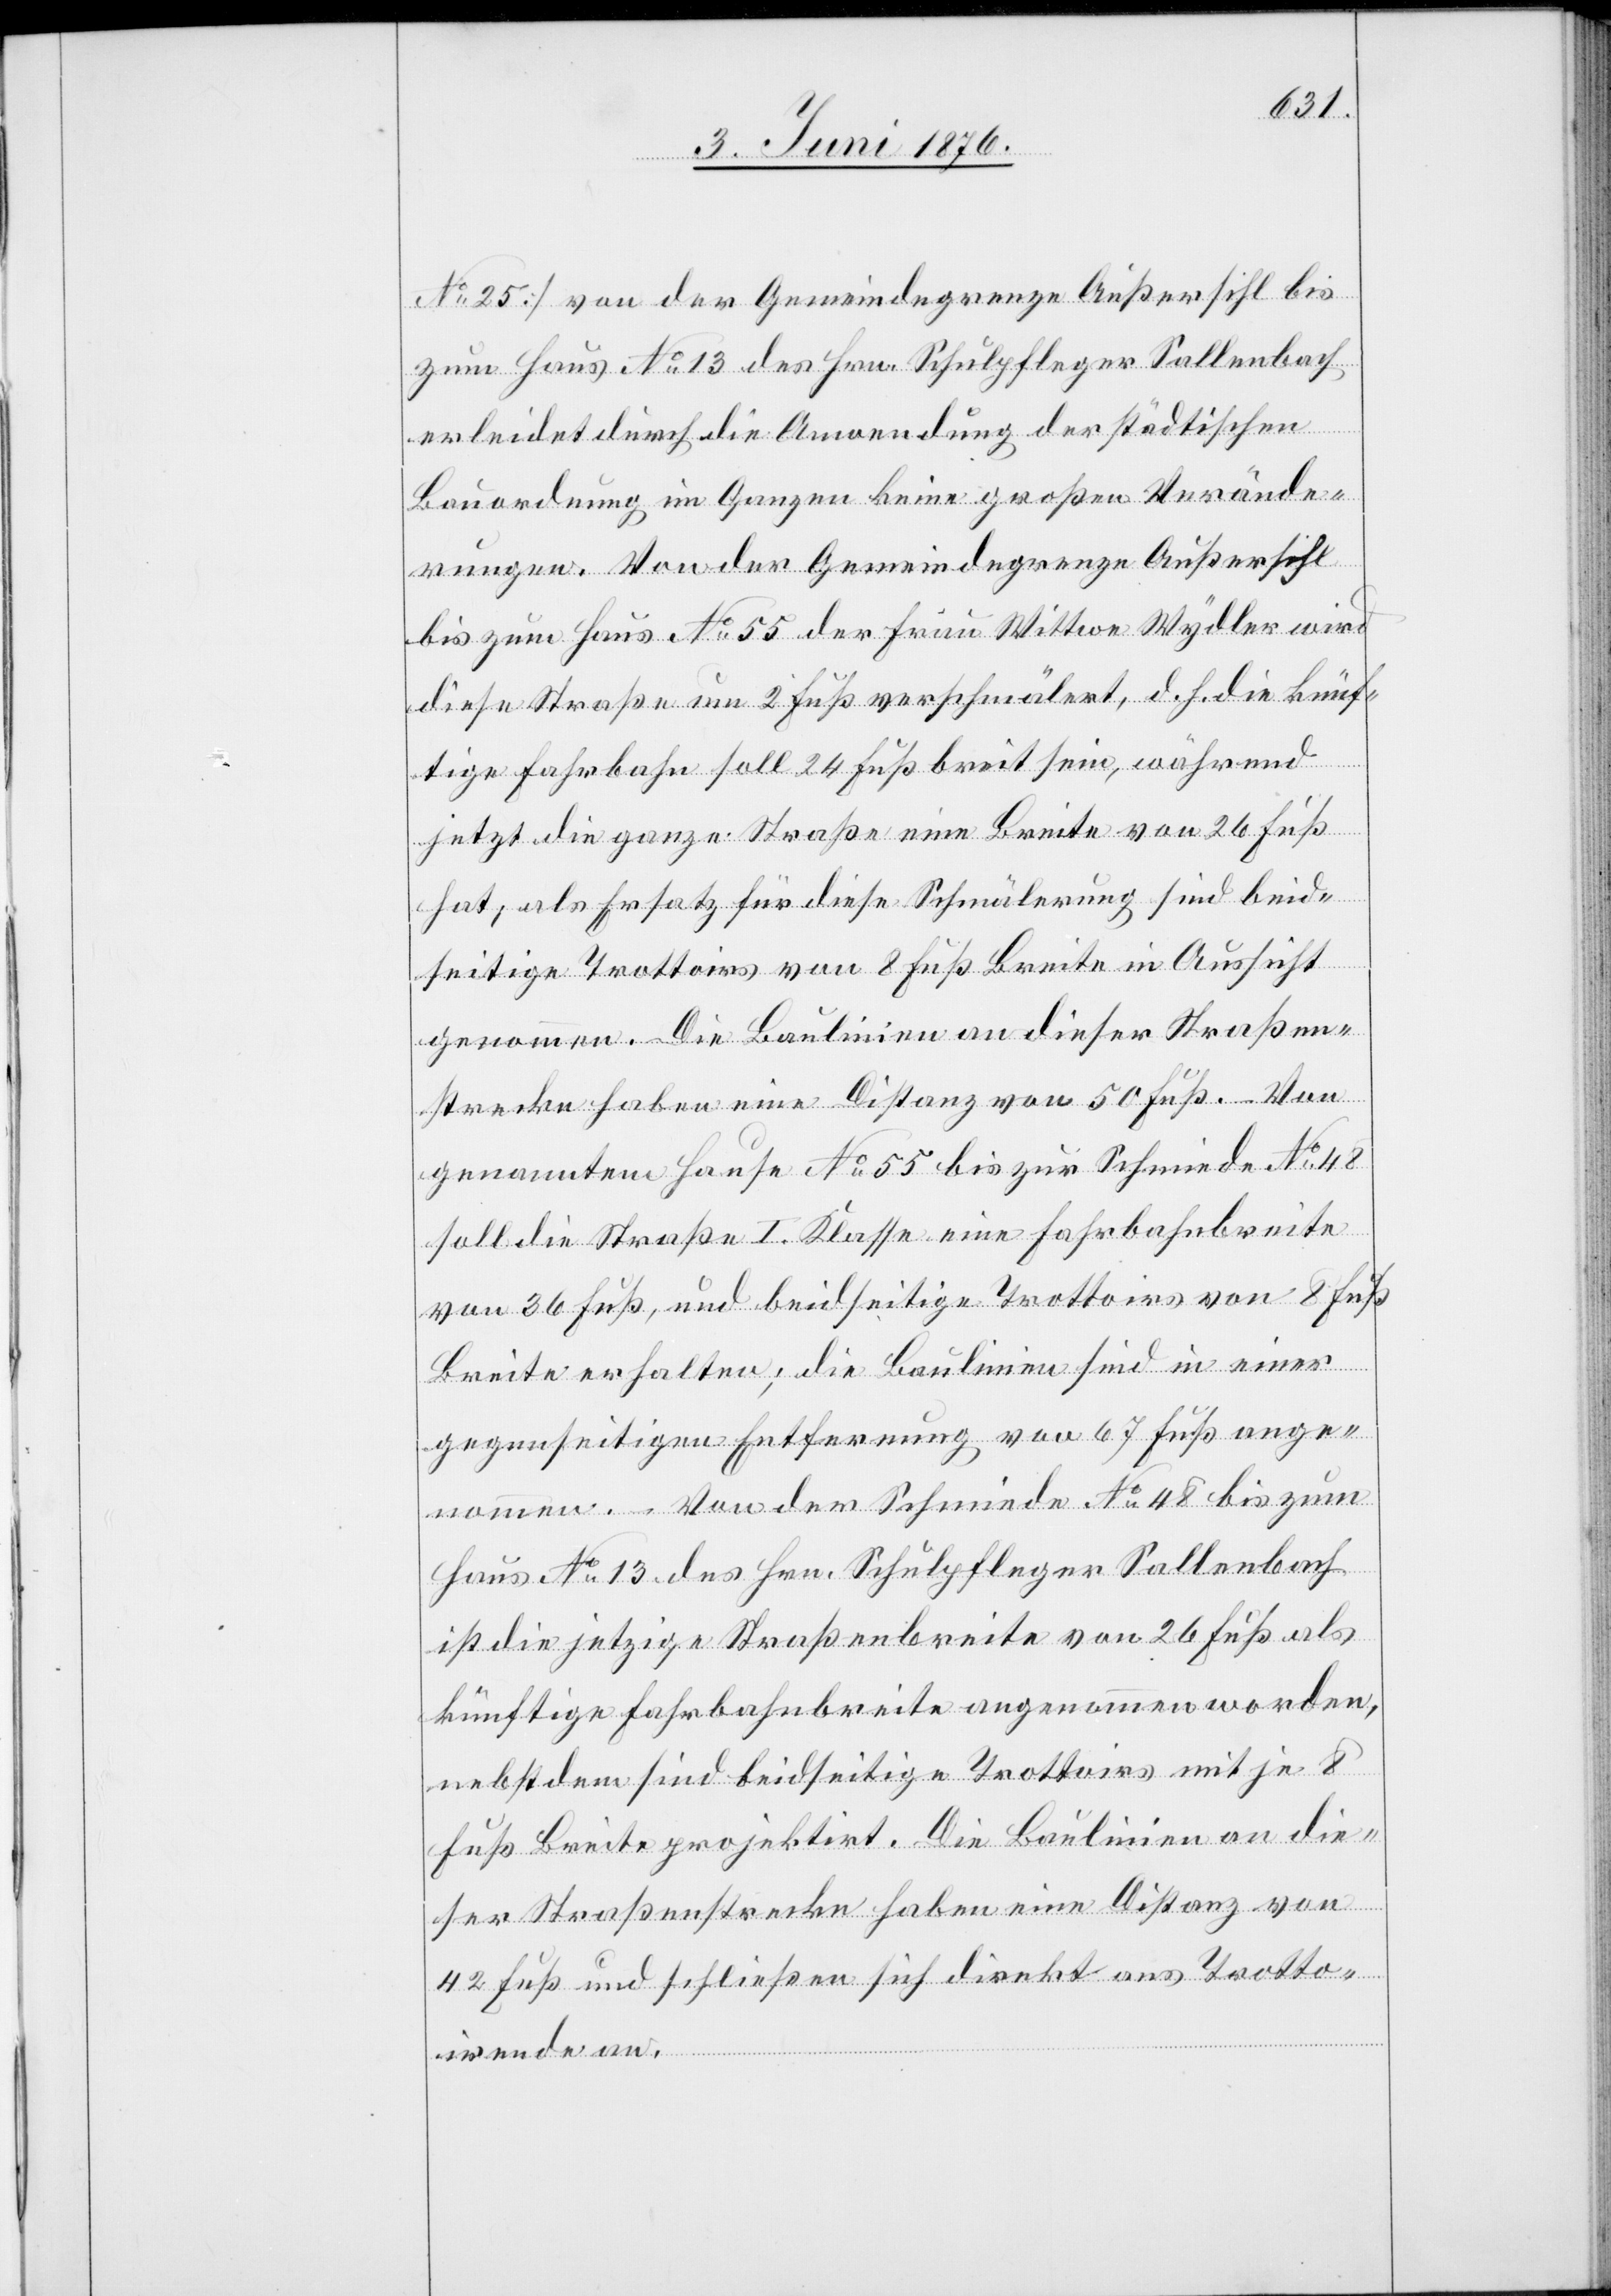
No 25] von der Gemeindegrenze Außersihl bis
zum Haus No 13 des Hrn. Schulpfleger Sallenbach
erleidet durch die Anordnung der städtischen
Bauordnung im Ganzen keine großen Verände¬
rungen. Von der Gemeindegrenze Außersihl
bis zum Haus No 55 der Frau Wittwe Wydler wird
diese Straße um 2 Fuß verschmälert, d. h. die künf¬
tige Fahrbahn soll 24 Fuß breit sein, während
jetzt die ganze Straße eine Breite von 26 Fuß
hat, als Ersatz für diese Schmälerung sind beid¬
seitige Trottoirs von 8 Fuß Breite in Aussicht
genommen. Die Baulinien an dieser Straßen¬
strecke haben eine Distanz von 50 Fuß. – Von
genanntem Hause No 55 bist zur Schmiede No 48
soll die Straße I. Klasse eine Fahrbahnbreite
von 36 Fuß, und beidseitige Trottoirs von 8 Fuß
Breite erhalten; die Baulinien sind in einer
gegenseitigen Entfernung von 67 Fuß ange¬
nommen. Von der Schmiede No 48 bis zum
Haus No 13 des Hrn. Schulpfleger Sallenbach
ist die jetzige Straßenbreite von 26 Fuß als
künftige Fahrbahnbreite angenommen worden,
nebst dem sind beidseitige Trottoirs mit je 8
Fuß Breite projektirt. Die Baulinien an die¬
ser Straßenstrecke haben eine Distanz von
42 Fuß und schließen sich direkt ans Trotto¬
irende an.